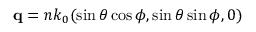
\mathbf { q } = n k _ { 0 } ( \sin \theta \cos \phi , \sin \theta \sin \phi , 0 )